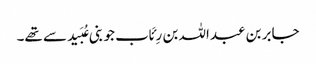
جابر بن عبداللہ بن رِئَاب جو بنی عُبَید سے تھے۔